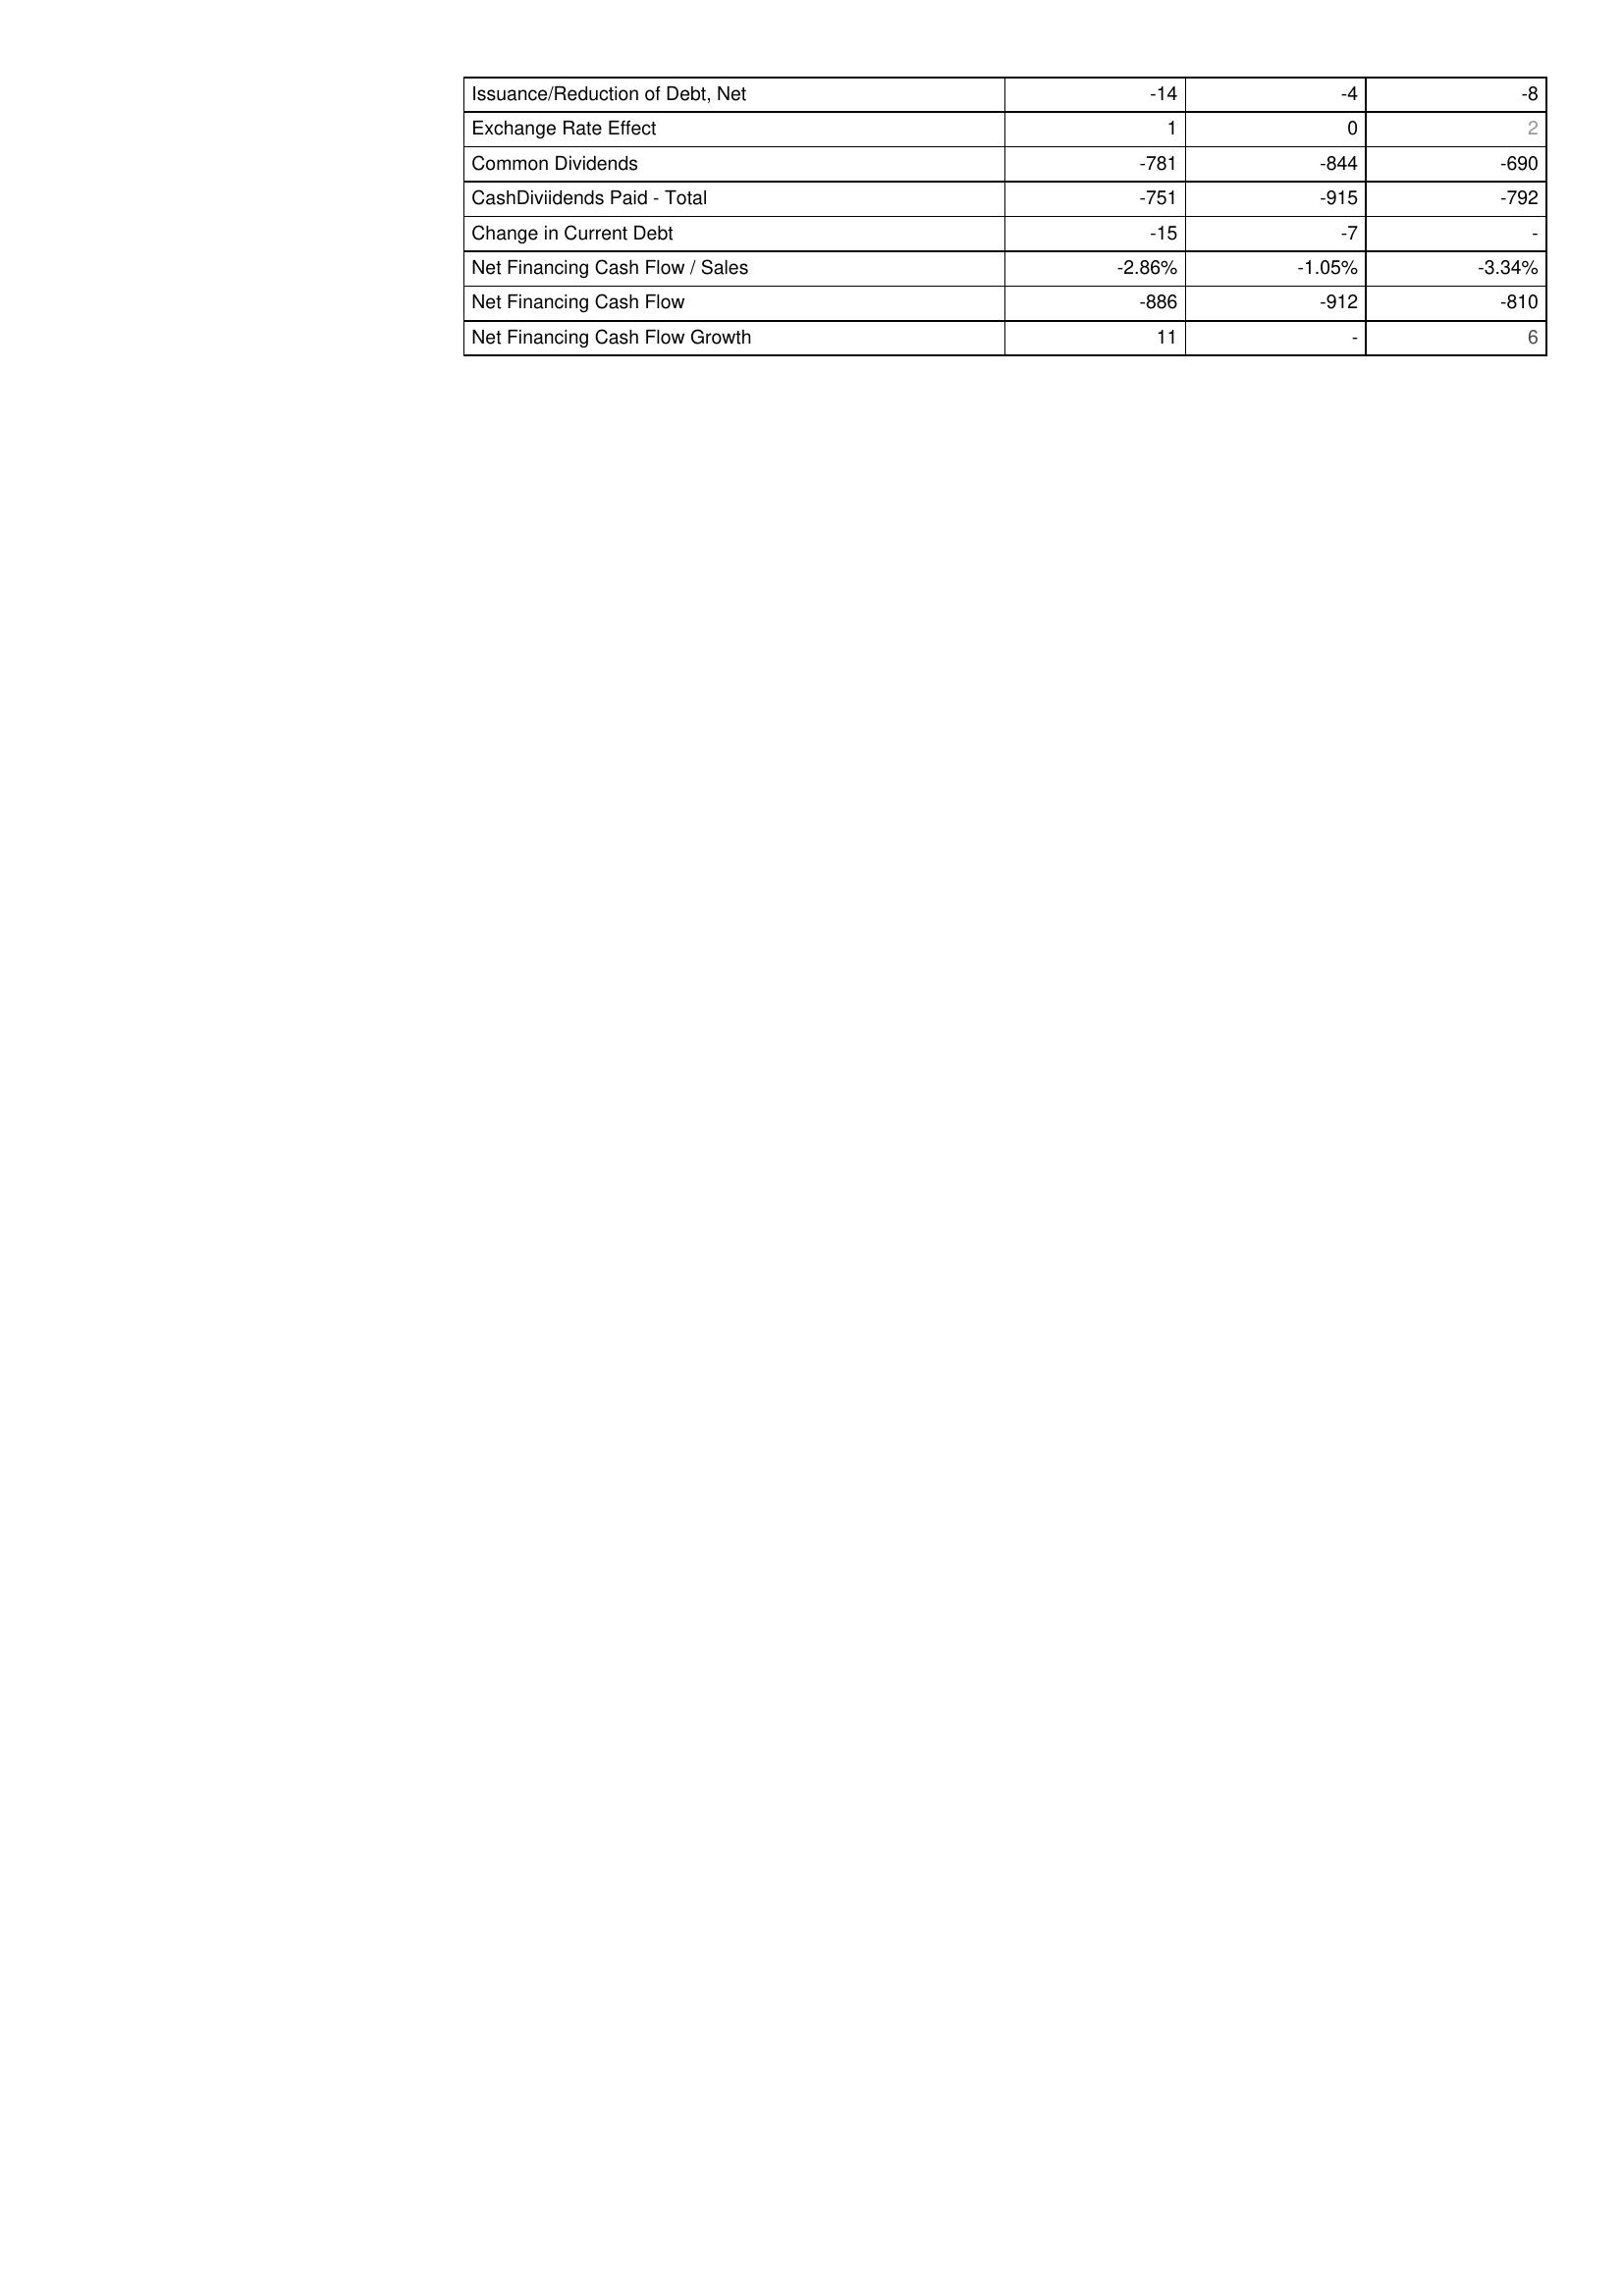
2013: Financing Activities: Issuance/Reduction of Debt, Net: -14
Exchange Rate Effect: 1
Common Dividends: -781
CashDiviidends Paid - Total: -751
Change in Current Debt: -15
Net Financing Cash Flow / Sales: -2.86%
Net Financing Cash Flow: -886
Net Financing Cash Flow Growth: 11
2014: Financing Activities: Issuance/Reduction of Debt, Net: -4
Exchange Rate Effect: 0
Common Dividends: -844
CashDiviidends Paid - Total: -915
Change in Current Debt: -7
Net Financing Cash Flow / Sales: -1.05%
Net Financing Cash Flow: -912
Net Financing Cash Flow Growth: -
2015: Financing Activities: Issuance/Reduction of Debt, Net: -8
Exchange Rate Effect: 2
Common Dividends: -690
CashDiviidends Paid - Total: -792
Change in Current Debt: -
Net Financing Cash Flow / Sales: -3.34%
Net Financing Cash Flow: -810
Net Financing Cash Flow Growth: 6